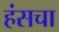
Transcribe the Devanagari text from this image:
हंसचा